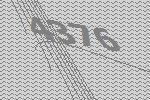
4376